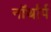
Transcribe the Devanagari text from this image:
नॉर्थार्प